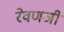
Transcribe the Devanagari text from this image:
रेवणजी